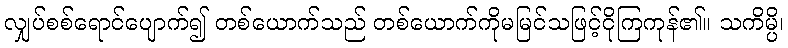
လျှပ်စစ်ရောင်ပျောက်၍ တစ်ယောက်သည် တစ်ယောက်ကိုမမြင်သဖြင့်ငိုကြကုန်၏။ သကိမ္ပိ၊